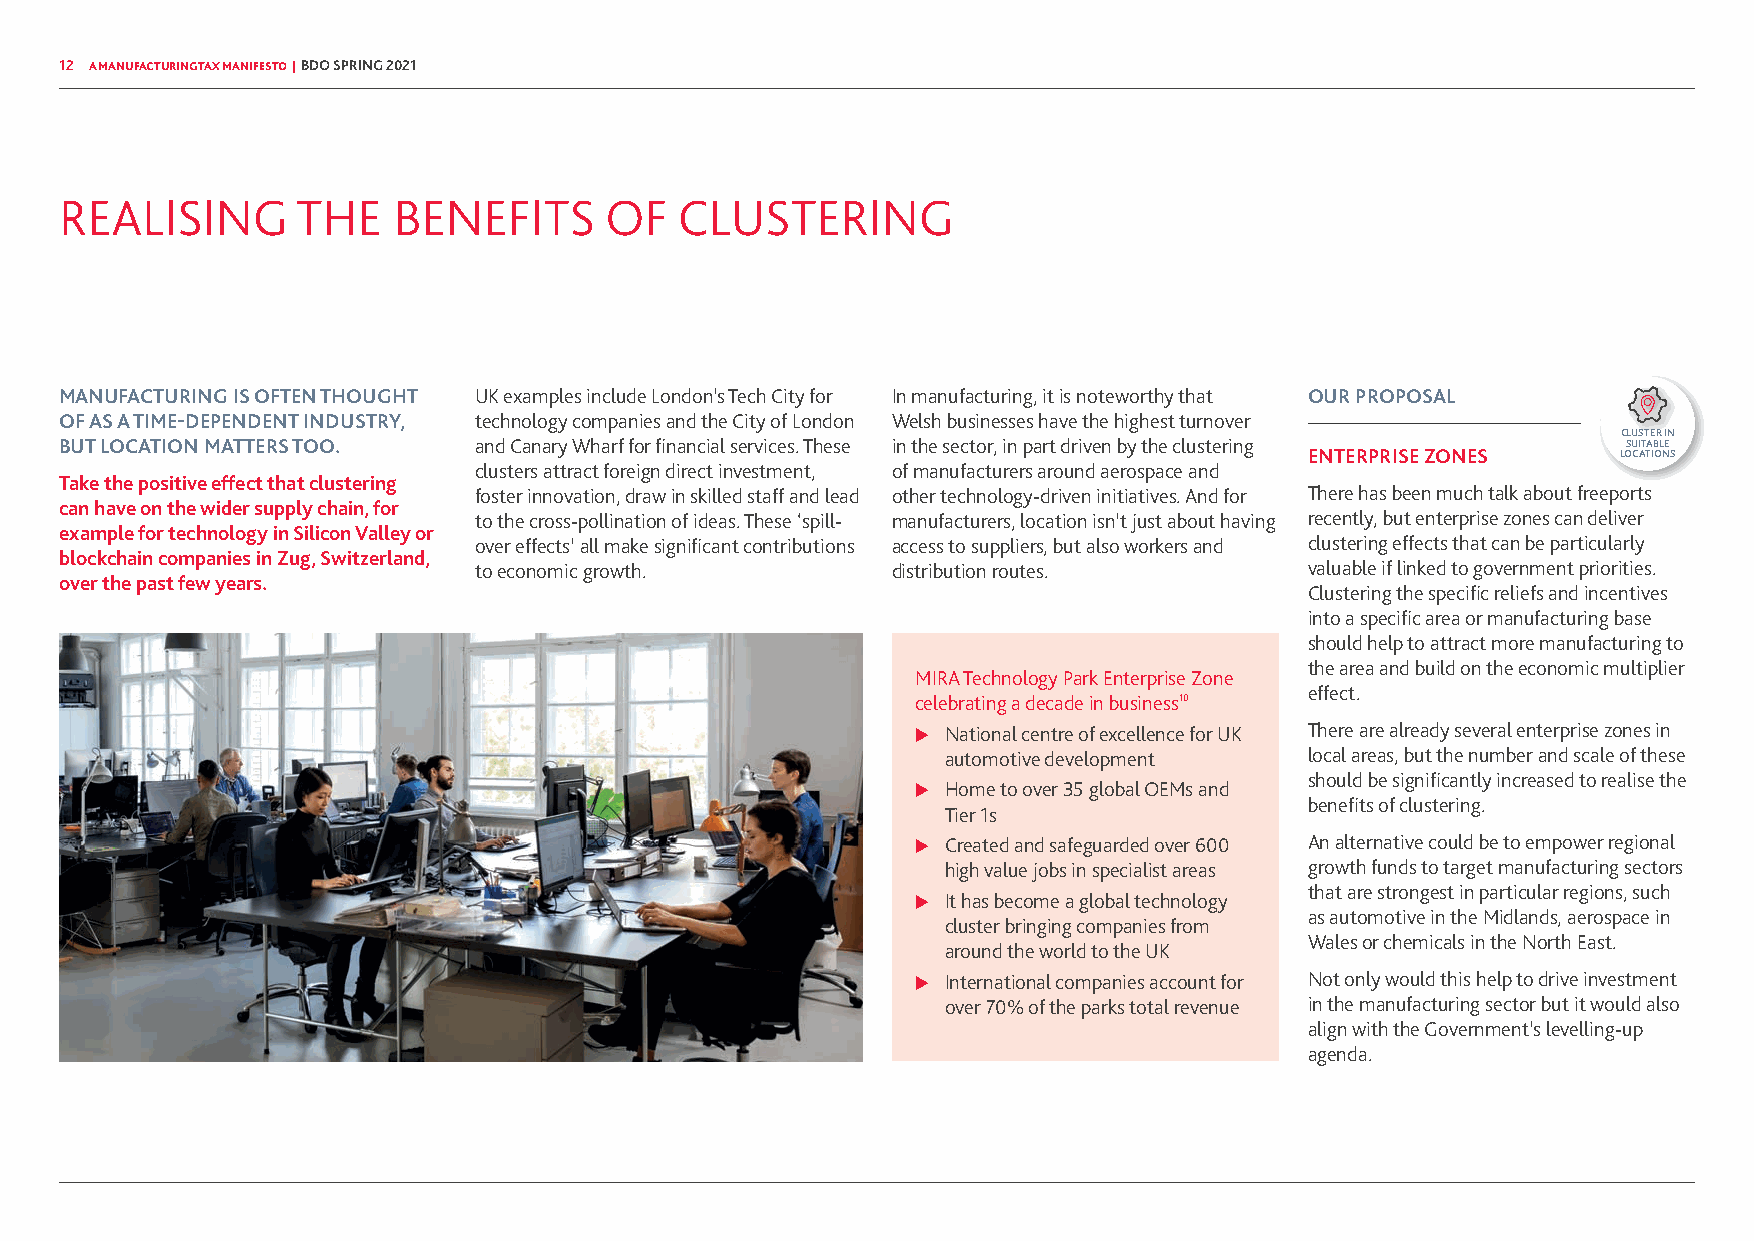
12 A MANUFACTURING TAX MANIFESTO | BDO SPRING 2021
 REALISING       THE   BENEFITS      OF   CLUSTERING
 MANUFACTURING IS OFTEN THOUGHT UK examples include London’s Tech City for In manufacturing, it is noteworthy that OUR PROPOSAL
 OF AS A TIME-DEPENDENT INDUSTRY, technology companies and the City of London Welsh businesses have the highest turnover
 CLUSTER IN
 BUT LOCATION MATTERS TOO.  and Canary Wharf for financial services. These in the sector, in part driven by the clustering SUITABLE
 ENTERPRISE ZONES    LOCATIONS
 clusters attract foreign direct investment, of manufacturers around aerospace and
 Take the positive effect that clustering
 foster innovation, draw in skilled staff and lead other technology-driven initiatives. And for There has been much talk about freeports
 can have on the wider supply chain, for
 to the cross-pollination of ideas. These ‘spill- manufacturers, location isn’t just about having recently, but enterprise zones can deliver
 example for technology in Silicon Valley or
 over effects’ all make significant contributions access to suppliers, but also workers and clustering effects that can be particularly
 blockchain companies in Zug, Switzerland,
 to economic growth.         distribution routes.        valuable if linked to government priorities.
 over the past few years.
 Clustering the specific reliefs and incentives
 into a specific area or manufacturing base
 should help to attract more manufacturing to
 the area and build on the economic multiplier
 MIRA Technology Park Enterprise Zone
 effect.
 celebrating a decade in business10
 X National centre of excellence for UK There are already several enterprise zones in
 automotive development  local areas, but the number and scale of these
 should be significantly increased to realise the
 X Home to over 35 global OEMs and
 benefits of clustering.
 Tier 1s
 X Created and safeguarded over 600 An alternative could be to empower regional
 high value jobs in specialist areas growth funds to target manufacturing sectors
 that are strongest in particular regions, such
 X It has become a global technology
 as automotive in the Midlands, aerospace in
 cluster bringing companies from
 Wales or chemicals in the North East.
 around the world to the UK
 X International companies account for Not only would this help to drive investment
 over 70% of the parks total revenue in the manufacturing sector but it would also
 align with the Government’s levelling-up
 agenda.